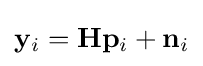
\mathbf {y} _{i}=\mathbf {H} \mathbf {p} _{i}+\mathbf {n} _{i}